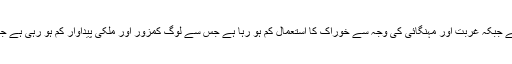
ملک کی آبادی مسلسل بڑھ رہی ہے جبکہ غربت اور مہنگائی کی وجہ سے خوراک کا استعمال کم ہو رہا ہے جس سے لوگ کمزور اور ملکی پیداوار کم ہو رہی ہے جبکہ ادویہ کا استعمال بڑھ رہا ہے۔